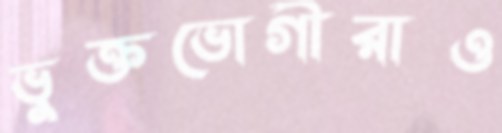
ভুক্তভোগীরাও